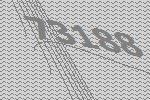
73188